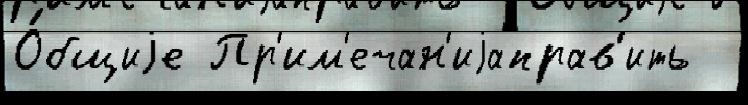
О́бщиjе Пр'им'ечан'иjаправ'ить